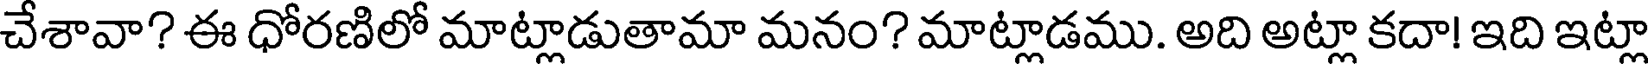
చేశావా? ఈ ధోరణిలో మాట్లాడుతామా మనం? మాట్లాడము. అది అట్లా కదా! ఇది ఇట్లా